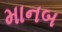
માનબ